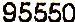
95550